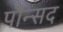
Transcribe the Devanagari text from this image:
पौन्सद